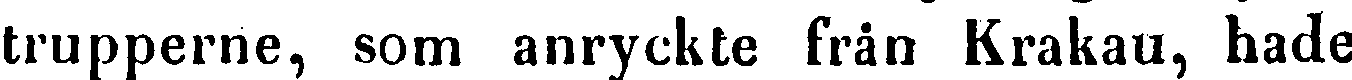
trupperne, som anryckte fråm Krakau, hade